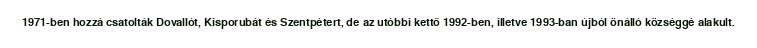
1971-ben hozzá csatolták Dovallót, Kisporubát és Szentpétert, de az utóbbi kettő 1992-ben, illetve 1993-ban újból önálló községgé alakult.